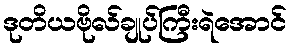
ဒုတိယဗိုလ်ချုပ်ကြီးရဲအောင်